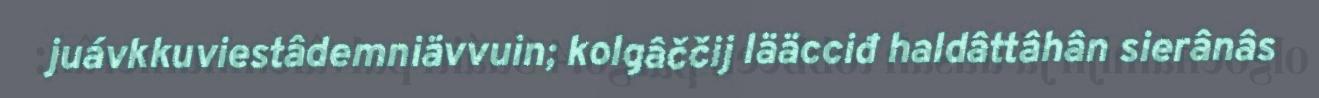
juávkkuviestâdemniävvuin; kolgâččij lääcciđ haldâttâhân sierânâs